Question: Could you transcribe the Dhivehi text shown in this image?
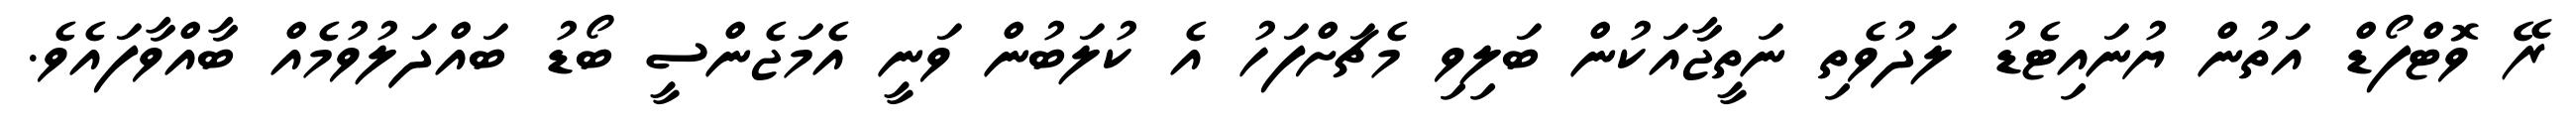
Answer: ރޭ ވޮޓްފޯޑް އަތުން ޔުނައިޓެޑު ލަދުވެތި ނަތީޖާއަކުން ބަލިވި މެޗަށްފަހު އެ ކުލަބުން ވަނީ އެމަޖެންސީ ބޯޑު ބައްދަލުވުމެއް ބާއްވާފައެވެ.